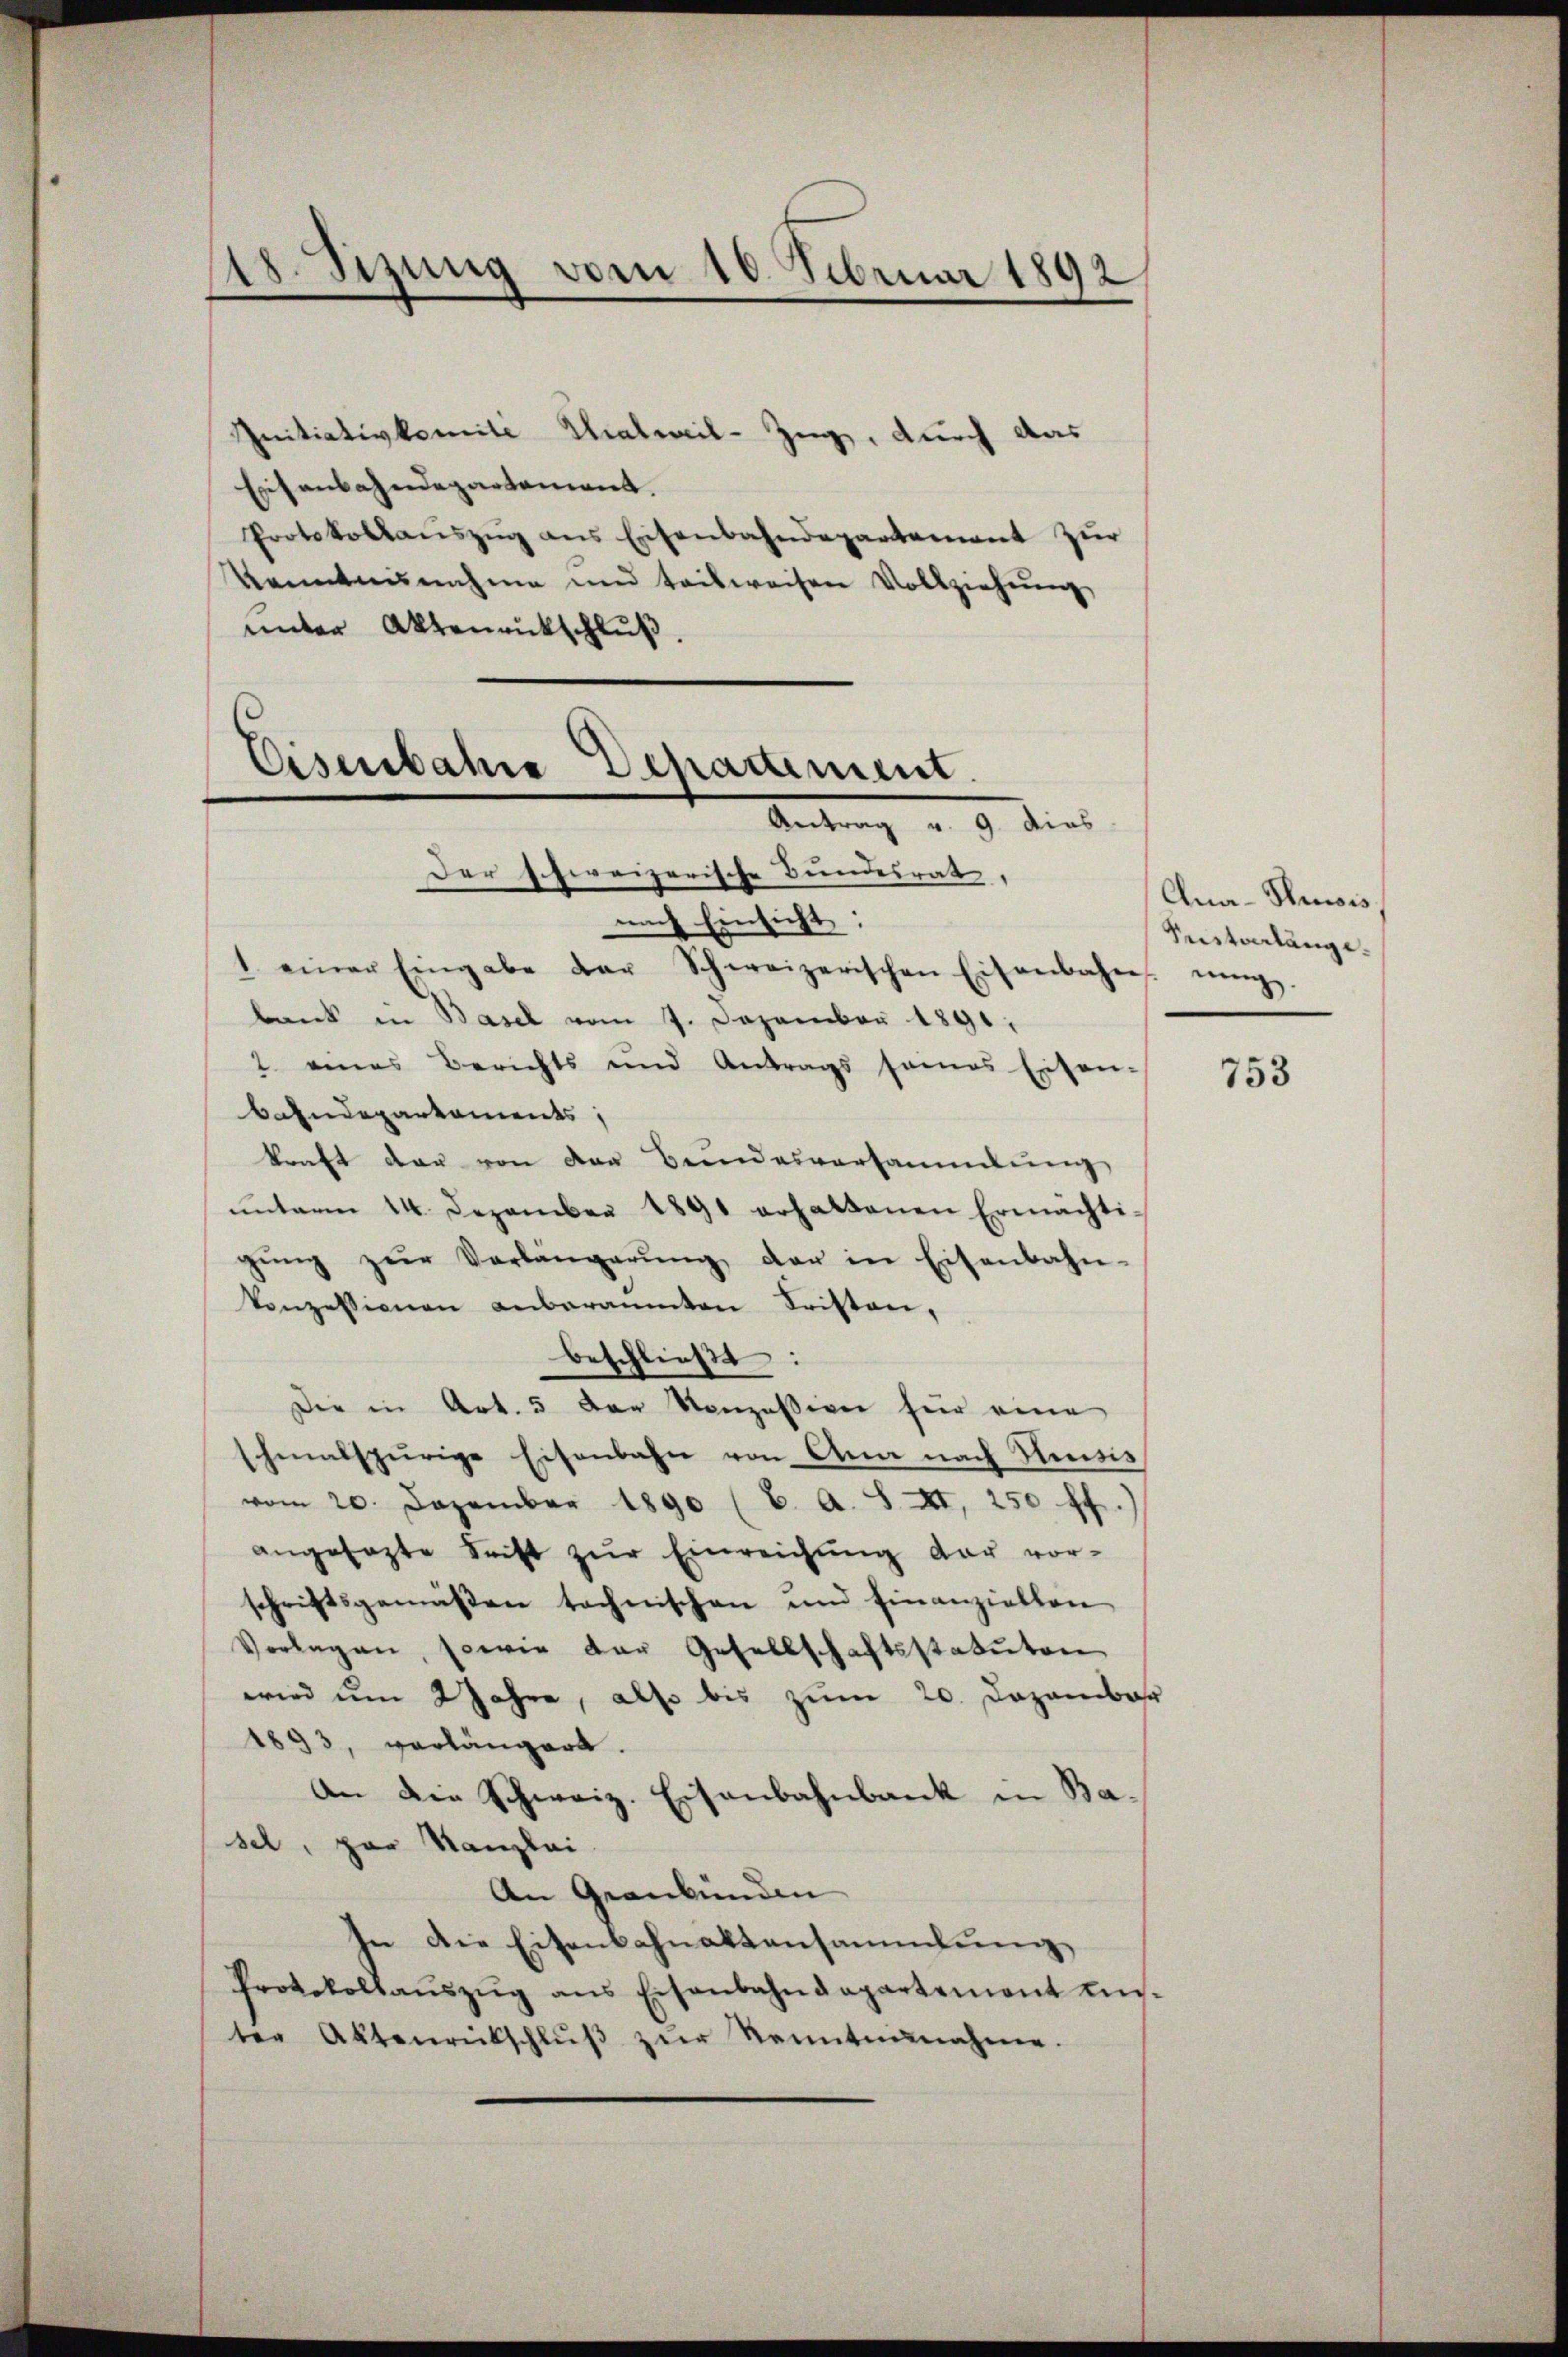
18. Sizung vom 10. Februar 1892

Initiativkomite Thalweil-Zuge, durch das
Eisenbahndepartement.
Protokollaŭszŭg ans Eisenbahndepartement zur
kanntnisnahme und teilweisen Vollziehung,
unter Aktenrückschluß.

Eisenbahre Departiment.
Antrag v. 9. dies
Der schweizerische Bundesrat,

nach Einsicht:
1 einer Eingabe der Schweizerischen Eisenbahn. nig.
bank in Basel vom 7. Dezember 1891.
2 eines Berichts und Antrags sames Eisen-
bahndepartements;
kraft der von der Beendesversammlung
ŭnterm 14. Dezember 1891 erhaltenen Ermächti-
gŭng zŭr Verlängerŭng der in Eisenbahn-
Conzessionen anberaumten Fristen,
beschließt:
Die in Art. 5 der Konzessiven für eine
schmalspurige Eisenbahn von Ana nach Neisis
vom 20. Dezember 1890 (C. A. S. XI, 250 ff.
angesezte Frist zŭr Einreichung dar vor-
schriftsgemäßen technischen und finanziellen
Vorlagen, sowie der Gesellschaftsstatuten
wird um 2 Jahre, also bis zum 20. Dazambar
1893, verlängert.
An die Schweiz. Eisenbahnbank in Ba-
sel, par Kanzlei
An Graubünden
In die Eisenbahnaktensammlung
Protokollaŭszŭg ans Eisenbahndepartement ein-
ter Aktenrütschlŭβ zŭr Sonntennahme.

Ana-Prois
Pustverlänge.

753